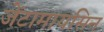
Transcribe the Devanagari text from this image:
जेंटामायसिन